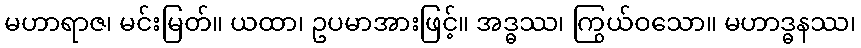
မဟာရာဇ၊ မင်းမြတ်။ ယထာ၊ ဥပမာအားဖြင့်။ အဒ္ဓဿ၊ ကြွယ်ဝသော။ မဟာဒ္ဓနဿ၊